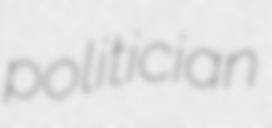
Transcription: politician